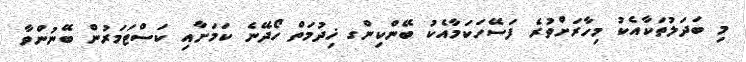
މި ބަދަލުތަކާއެކު މިހާރަށްވުރެ ފަސޭހަކަމާއެކު ބޭންކިންގ ޚިދުމަތް ހޯދޭނެ ކަމަށާއި ކަސްޓަމަރުން ބޭނުންވާ